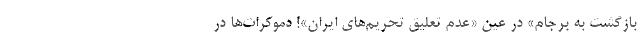
بازگشت به برجام» در عین «عدم تعلیق تحریم‌های ایران»! دموکرات‌ها در